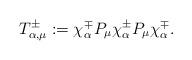
LaTeX: \begin{align*}T_{\alpha,\mu}^{\pm}:=\chi_\alpha^{\mp}P_\mu\chi_\alpha^{\pm}P_\mu\chi_\alpha^{\mp}.\end{align*}